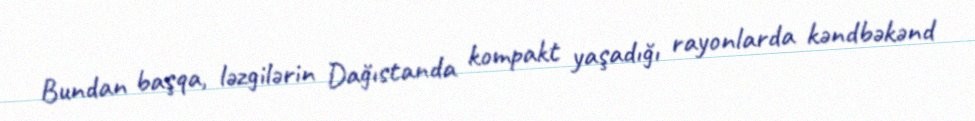
Bundan başqa, ləzgilərin Dağıstanda kompakt yaşadığı rayonlarda kəndbəkənd